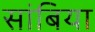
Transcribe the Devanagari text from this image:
सांबिया